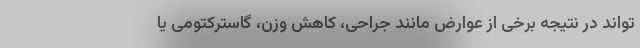
تواند در نتیجه برخی از عوارض مانند جراحی، کاهش وزن، گاسترکتومی یا